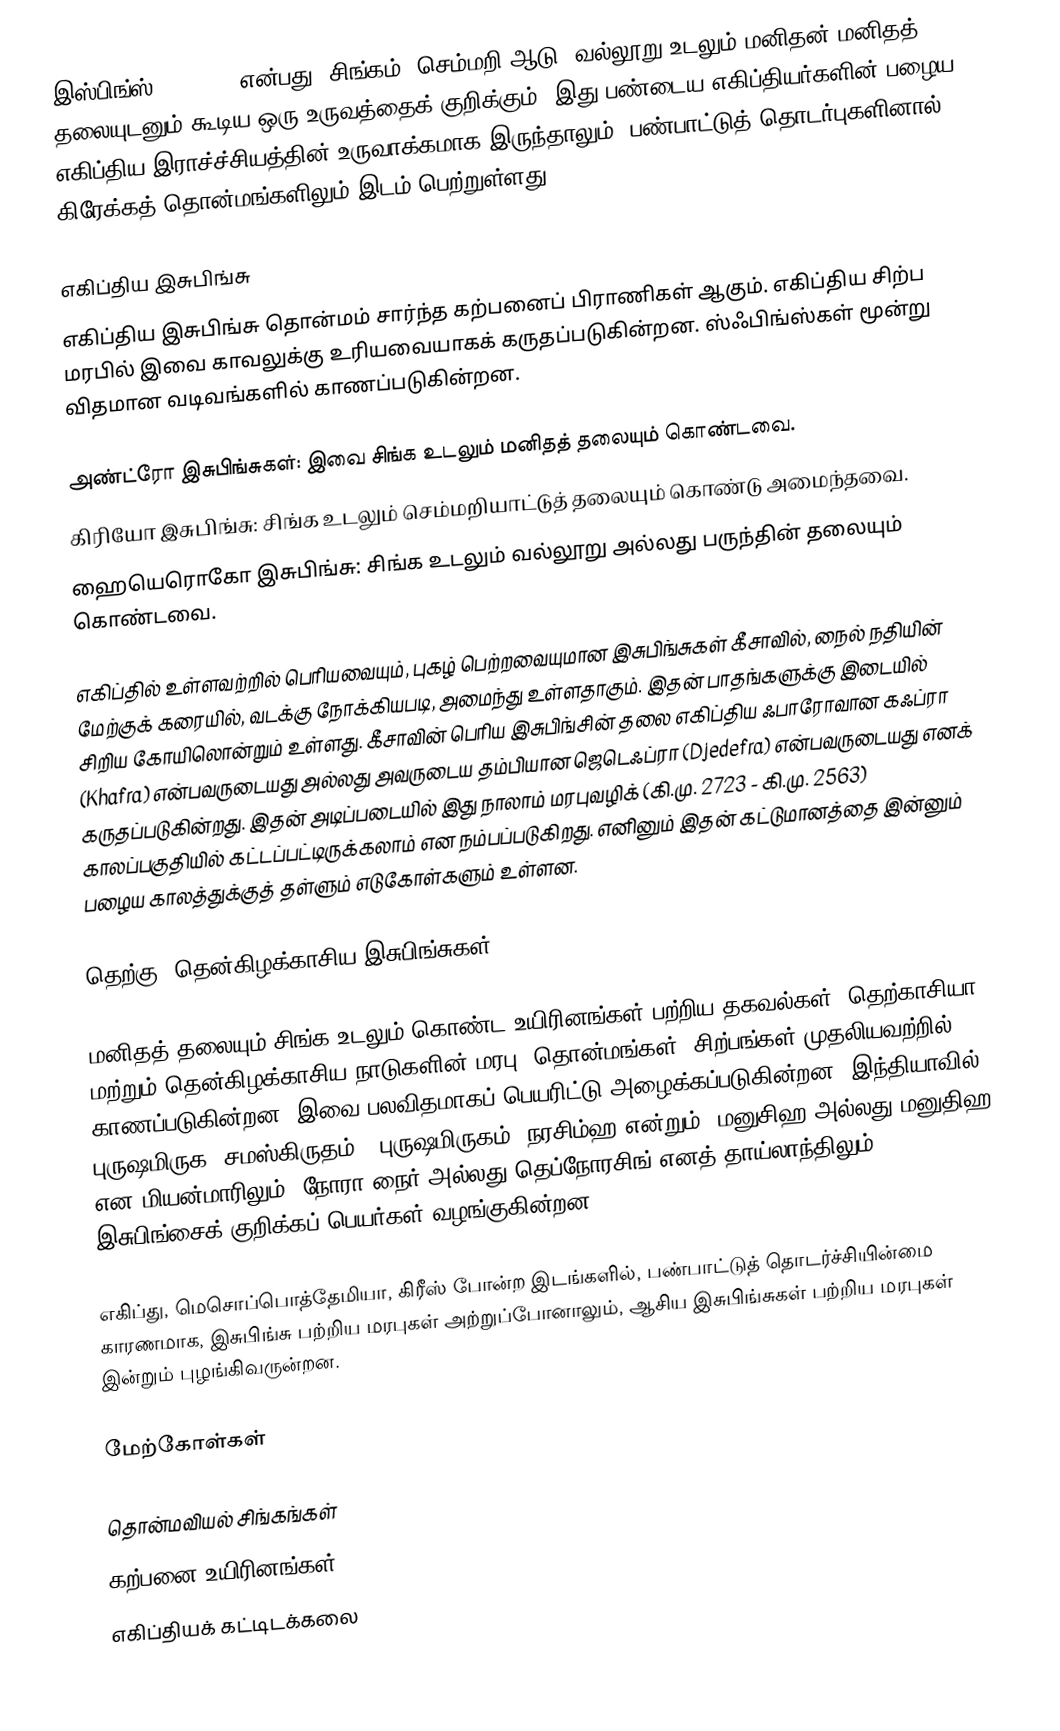
இஸ்பிங்ஸ் (Sphinx) என்பது, சிங்கம், செம்மறி ஆடு, வல்லூறு உடலும் மனிதன் மனிதத் தலையுடனும் கூடிய ஒரு உருவத்தைக் குறிக்கும். இது பண்டைய எகிப்தியர்களின் பழைய எகிப்திய இராச்ச்சியத்தின் உருவாக்கமாக இருந்தாலும், பண்பாட்டுத் தொடர்புகளினால் கிரேக்கத் தொன்மங்களிலும் இடம் பெற்றுள்ளது.

எகிப்திய இசுபிங்சு
எகிப்திய இசுபிங்சு தொன்மம் சார்ந்த கற்பனைப் பிராணிகள் ஆகும். எகிப்திய சிற்ப மரபில் இவை காவலுக்கு உரியவையாகக் கருதப்படுகின்றன. ஸ்ஃபிங்ஸ்கள் மூன்று விதமான வடிவங்களில் காணப்படுகின்றன.

 அண்ட்ரோ இசுபிங்சுகள்: இவை சிங்க உடலும் மனிதத் தலையும் கொண்டவை.
 கிரியோ இசுபிங்சு: சிங்க உடலும் செம்மறியாட்டுத் தலையும் கொண்டு அமைந்தவை.
 ஹையெரொகோ இசுபிங்சு: சிங்க உடலும் வல்லூறு அல்லது பருந்தின் தலையும் கொண்டவை.

எகிப்தில் உள்ளவற்றில் பெரியவையும், புகழ் பெற்றவையுமான இசுபிங்சுகள் கீசாவில், நைல் நதியின் மேற்குக் கரையில், வடக்கு நோக்கியபடி, அமைந்து உள்ளதாகும். இதன் பாதங்களுக்கு இடையில் சிறிய கோயிலொன்றும் உள்ளது. கீசாவின் பெரிய இசுபிங்சின் தலை எகிப்திய ஃபாரோவான கஃப்ரா (Khafra) என்பவருடையது அல்லது அவருடைய தம்பியான ஜெடெஃப்ரா (Djedefra) என்பவருடையது எனக் கருதப்படுகின்றது. இதன் அடிப்படையில் இது நாலாம் மரபுவழிக் (கி.மு. 2723 - கி.மு. 2563) காலப்பகுதியில் கட்டப்பட்டிருக்கலாம் என நம்பப்படுகிறது. எனினும் இதன் கட்டுமானத்தை இன்னும் பழைய காலத்துக்குத் தள்ளும் எடுகோள்களும் உள்ளன.

தெற்கு, தென்கிழக்காசிய இசுபிங்சுகள்

மனிதத் தலையும் சிங்க உடலும் கொண்ட உயிரினங்கள் பற்றிய தகவல்கள், தெற்காசியா மற்றும் தென்கிழக்காசிய நாடுகளின் மரபு, தொன்மங்கள், சிற்பங்கள் முதலியவற்றில் காணப்படுகின்றன. இவை பலவிதமாகப் பெயரிட்டு அழைக்கப்படுகின்றன. இந்தியாவில் புருஷமிருக (சமஸ்கிருதம்), புருஷமிருகம், நரசிம்ஹ என்றும், மனுசிஹ அல்லது மனுதிஹ என மியன்மாரிலும், நோரா நைர் அல்லது தெப்நோரசிங் எனத் தாய்லாந்திலும் இசுபிங்சைக் குறிக்கப் பெயர்கள் வழங்குகின்றன.

எகிப்து, மெசொப்பொத்தேமியா, கிரீஸ் போன்ற இடங்களில், பண்பாட்டுத் தொடர்ச்சியின்மை காரணமாக, இசுபிங்சு பற்றிய மரபுகள் அற்றுப்போனாலும், ஆசிய இசுபிங்சுகள் பற்றிய மரபுகள் இன்றும் புழங்கிவருன்றன.

மேற்கோள்கள்

தொன்மவியல் சிங்கங்கள்
கற்பனை உயிரினங்கள்
எகிப்தியக் கட்டிடக்கலை